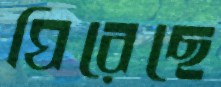
ঘিরেছে